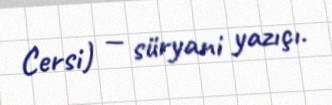
Cersi) — süryani yazıçı.